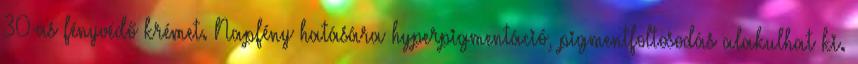
30-as fényvédő krémet. Napfény hatására hyperpigmentáció, pigmentfoltosodás alakulhat ki.